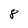
Character: 8